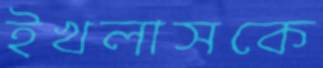
ইখলাসকে